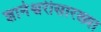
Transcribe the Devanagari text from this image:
ज्ञानेश्वरीसारख्या